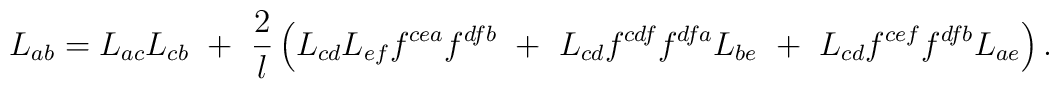
L_{ab}=L_{ac}L_{cb}~+~\frac{2}{l}\left(L_{cd}L_{ef}f^{cea}f^{dfb}~+~L_{cd}f^{cdf}f^{dfa}L_{be}~+~L_{cd}f^{cef}f^{dfb}L_{ae}\right).